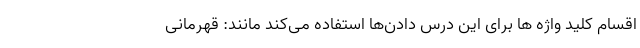
اقسام کلید واژه ها برای این درس دادن‌ها استفاده می‌کند مانند: قهرمانی